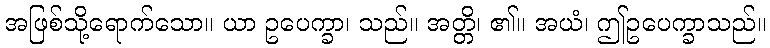
အဖြစ်သို့ရောက်သော။ ယာ ဥပေက္ခာ၊ သည်။ အတ္တိ၊ ၏။ အယံ၊ ဤဥပေက္ခာသည်။